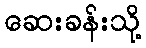
ဆေးခန်းသို့